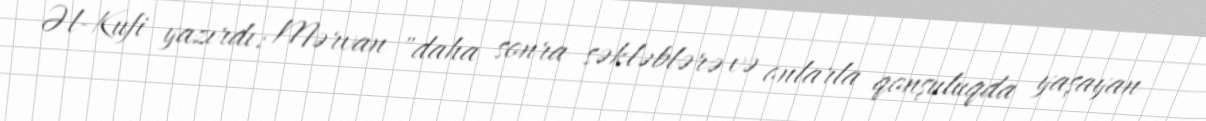
Əl-Kufi yazırdı: Mərvan "daha sonra səkləblərə və onlarla qonşuluqda yaşayan